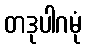
တဒုပါဂမုံ